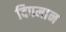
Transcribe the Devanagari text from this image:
दिपमान